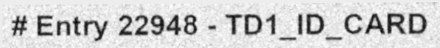
# Entry 22948 - TD1_ID_CARD